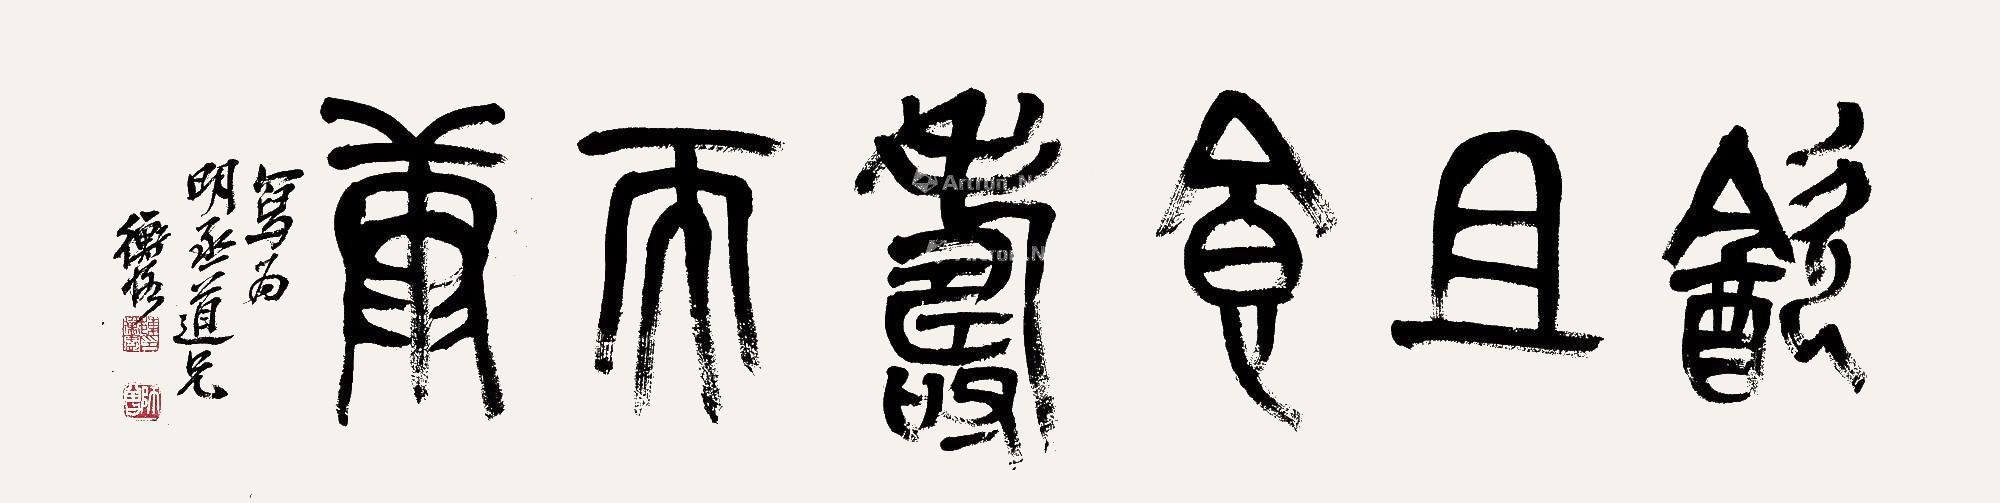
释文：饮且食寿而康。写为明丞道兄，衡恪。